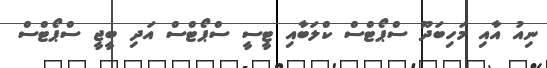
ނިއު އާއި މަހިބަދޫ ސްޕޯޓްސް ކްލަބާއި ޓީސީ ސްޕޯޓްސް އަދި ބީޖީ ސްޕޯޓްސް